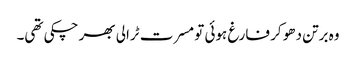
وہ برتن دھو کر فارغ ہوئی تو مسرت ٹرالی بھر چکی تھی۔